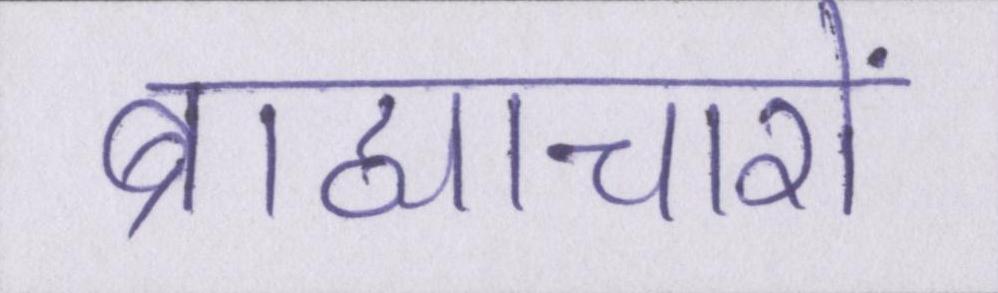
ब्राह्याचारों